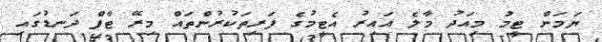
ޔަމަން ޓީމު މިއަދު މާލެ އައިރު އެޓީމުގެ ފަރިތަކުރުންތައް މިރޭ ޓާފް ދަނޑުގައި